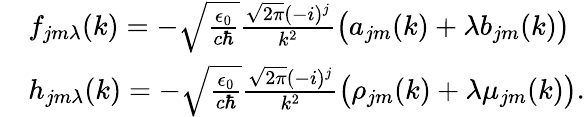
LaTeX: \begin{array}{rl}&{f_{jm\lambda}(k)=-\sqrt{\frac{\epsilon_{0}}{c\hbar}}\frac{\sqrt{2\pi}(-i)^{j}}{k^{2}}\big(a_{jm}(k)+\lambda b_{jm}(k)\big)}\\ &{h_{jm\lambda}(k)=-\sqrt{\frac{\epsilon_{0}}{c\hbar}}\frac{\sqrt{2\pi}(-i)^{j}}{k^{2}}\big(\rho_{jm}(k)+\lambda\mu_{jm}(k)\big).}\end{array}